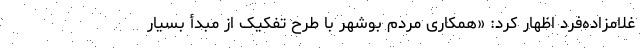
غلامزاده‌فرد اظهار کرد: «همکاری مردم بوشهر با طرح تفکیک از مبدأ بسیار